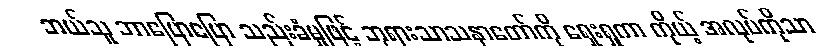
ဘယ်သူ ဘာပြောပြော သည်းခံမှုဖြင့် ဘုရားသာသနာတော်ကို ရှေးရှုကာ ကိုယ့် အလုပ်ကိုသာ